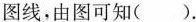
图线，由图可知()。